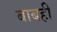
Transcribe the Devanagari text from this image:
बाबही